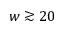
w \gtrsim 2 0